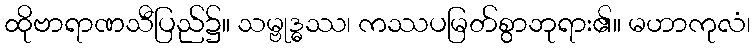
ထိုဗာရာဏသီပြည်၌။ သမ္ဗုဒ္ဓဿ၊ ကဿပမြတ်စွာဘုရား၏။ မဟာကုလံ၊